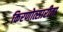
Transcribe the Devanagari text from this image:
किरणोत्सारीता